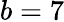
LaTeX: b=7